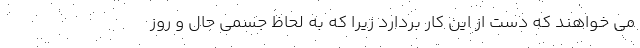
می خواهند که دست از این کار بردارد زیرا که به لحاظ جسمی حال و روز